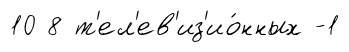
10 8 т'ел'ев'из'ио́нных -1